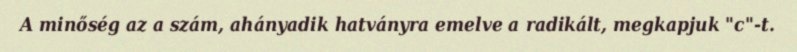
A minőség az a szám, ahányadik hatványra emelve a radikált, megkapjuk "c"-t.